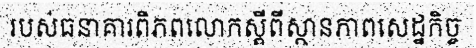
របស់ធនាគារពិភពលោកស្តីពីស្ថានភាពសេដ្ឋកិច្ច